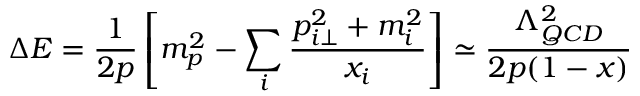
\Delta E = \frac { 1 } { 2 p } \left[ m _ { p } ^ { 2 } - \sum _ { i } ^ { } \frac { p _ { i \perp } ^ { 2 } + m _ { i } ^ { 2 } } { x _ { i } } \right] \simeq \frac { \Lambda _ { Q C D } ^ { 2 } } { 2 p ( 1 - x ) }